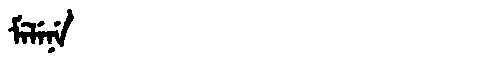
Manchu: ᠮᡝᠯᡝᠨᡝ
Romanization: MELENE